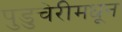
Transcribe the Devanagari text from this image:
पुडुचेरीमधून